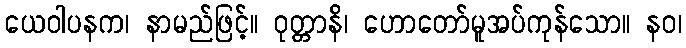
ယေဝါပနက၊ နာမည်ဖြင့်။ ဝုတ္တာနိ၊ ဟောတော်မူအပ်ကုန်သော။ နဝ၊